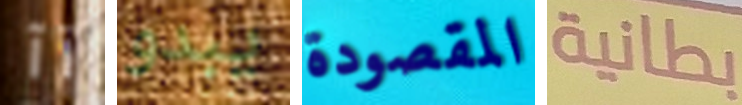
آآ يبدو المقصودة بطانية